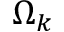
\Omega _ { k }